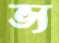
ভ্য